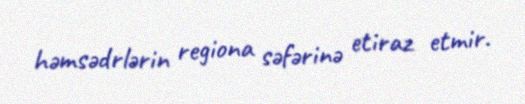
həmsədrlərin regiona səfərinə etiraz etmir.